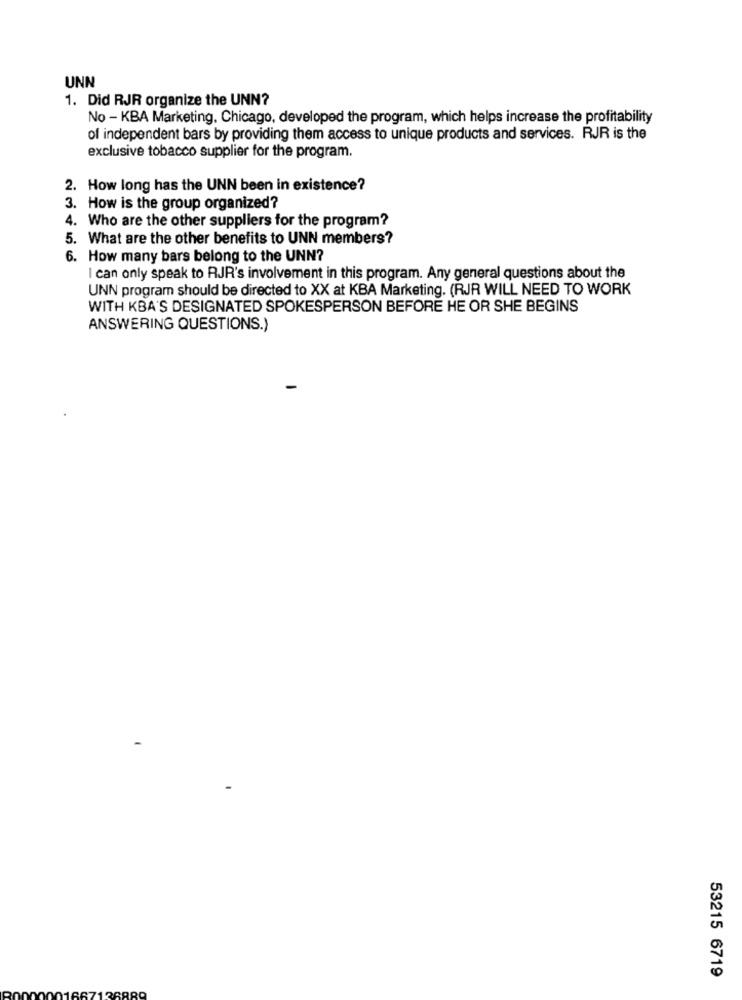
UNN
1. Did RJR organize the UNN?
No - KBA Marketing, Chicago, developed the program, which helps increase the profitability
of independent bars by providing them access to unique products and services. RJR is the
exclusive tobacco supplier for the program.
2. How long has the UNN been in existence?
3. How is the group organized?
4. Who are the other suppliers for the program?
5. What are the other benefits to UNN members?
6. How many bars belong to the UNN?
I can only speak to RJR's involvement in this program. Any general questions about the
UNN program should be directed to XX at KBA Marketing. (RJR WILL NEED TO WORK
WITH KBA'S DESIGNATED SPOKESPERSON BEFORE HE OR SHE BEGINS
ANSWERING QUESTIONS.)
53215 6719